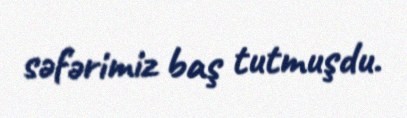
səfərimiz baş tutmuşdu.